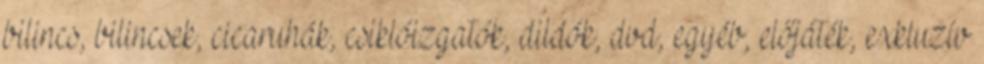
bilincs, bilincsek, cicaruhák, csiklóizgatók, dildók, dvd, egyéb, előjáték, exkluzív